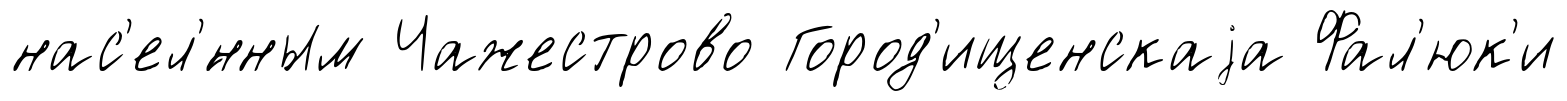
нас'ел'́нным Чажестрово Город'ищенскаjа Фал'юк'и